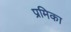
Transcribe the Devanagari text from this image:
प्रमिका